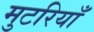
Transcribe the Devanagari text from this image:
मुटरियाँ